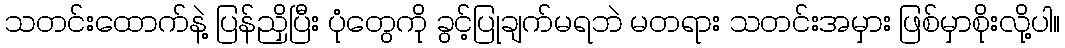
သတင်းထောက်နဲ့ ပြန်ညှိပြီး ပုံတွေကို ခွင့်ပြုချက်မရဘဲ မတရား သတင်းအမှား ဖြစ်မှာစိုးလို့ပါ။